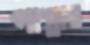
পাস্তার